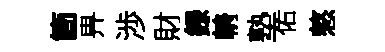
箇畀渉財録輈塾佑憗